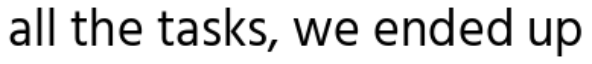
all the tasks, we ended up